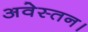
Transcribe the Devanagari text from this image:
अवेस्तन।